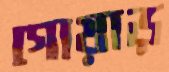
গোয়াড়